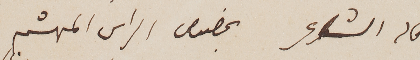
قال الشاعر بخصوص الراس المهشم